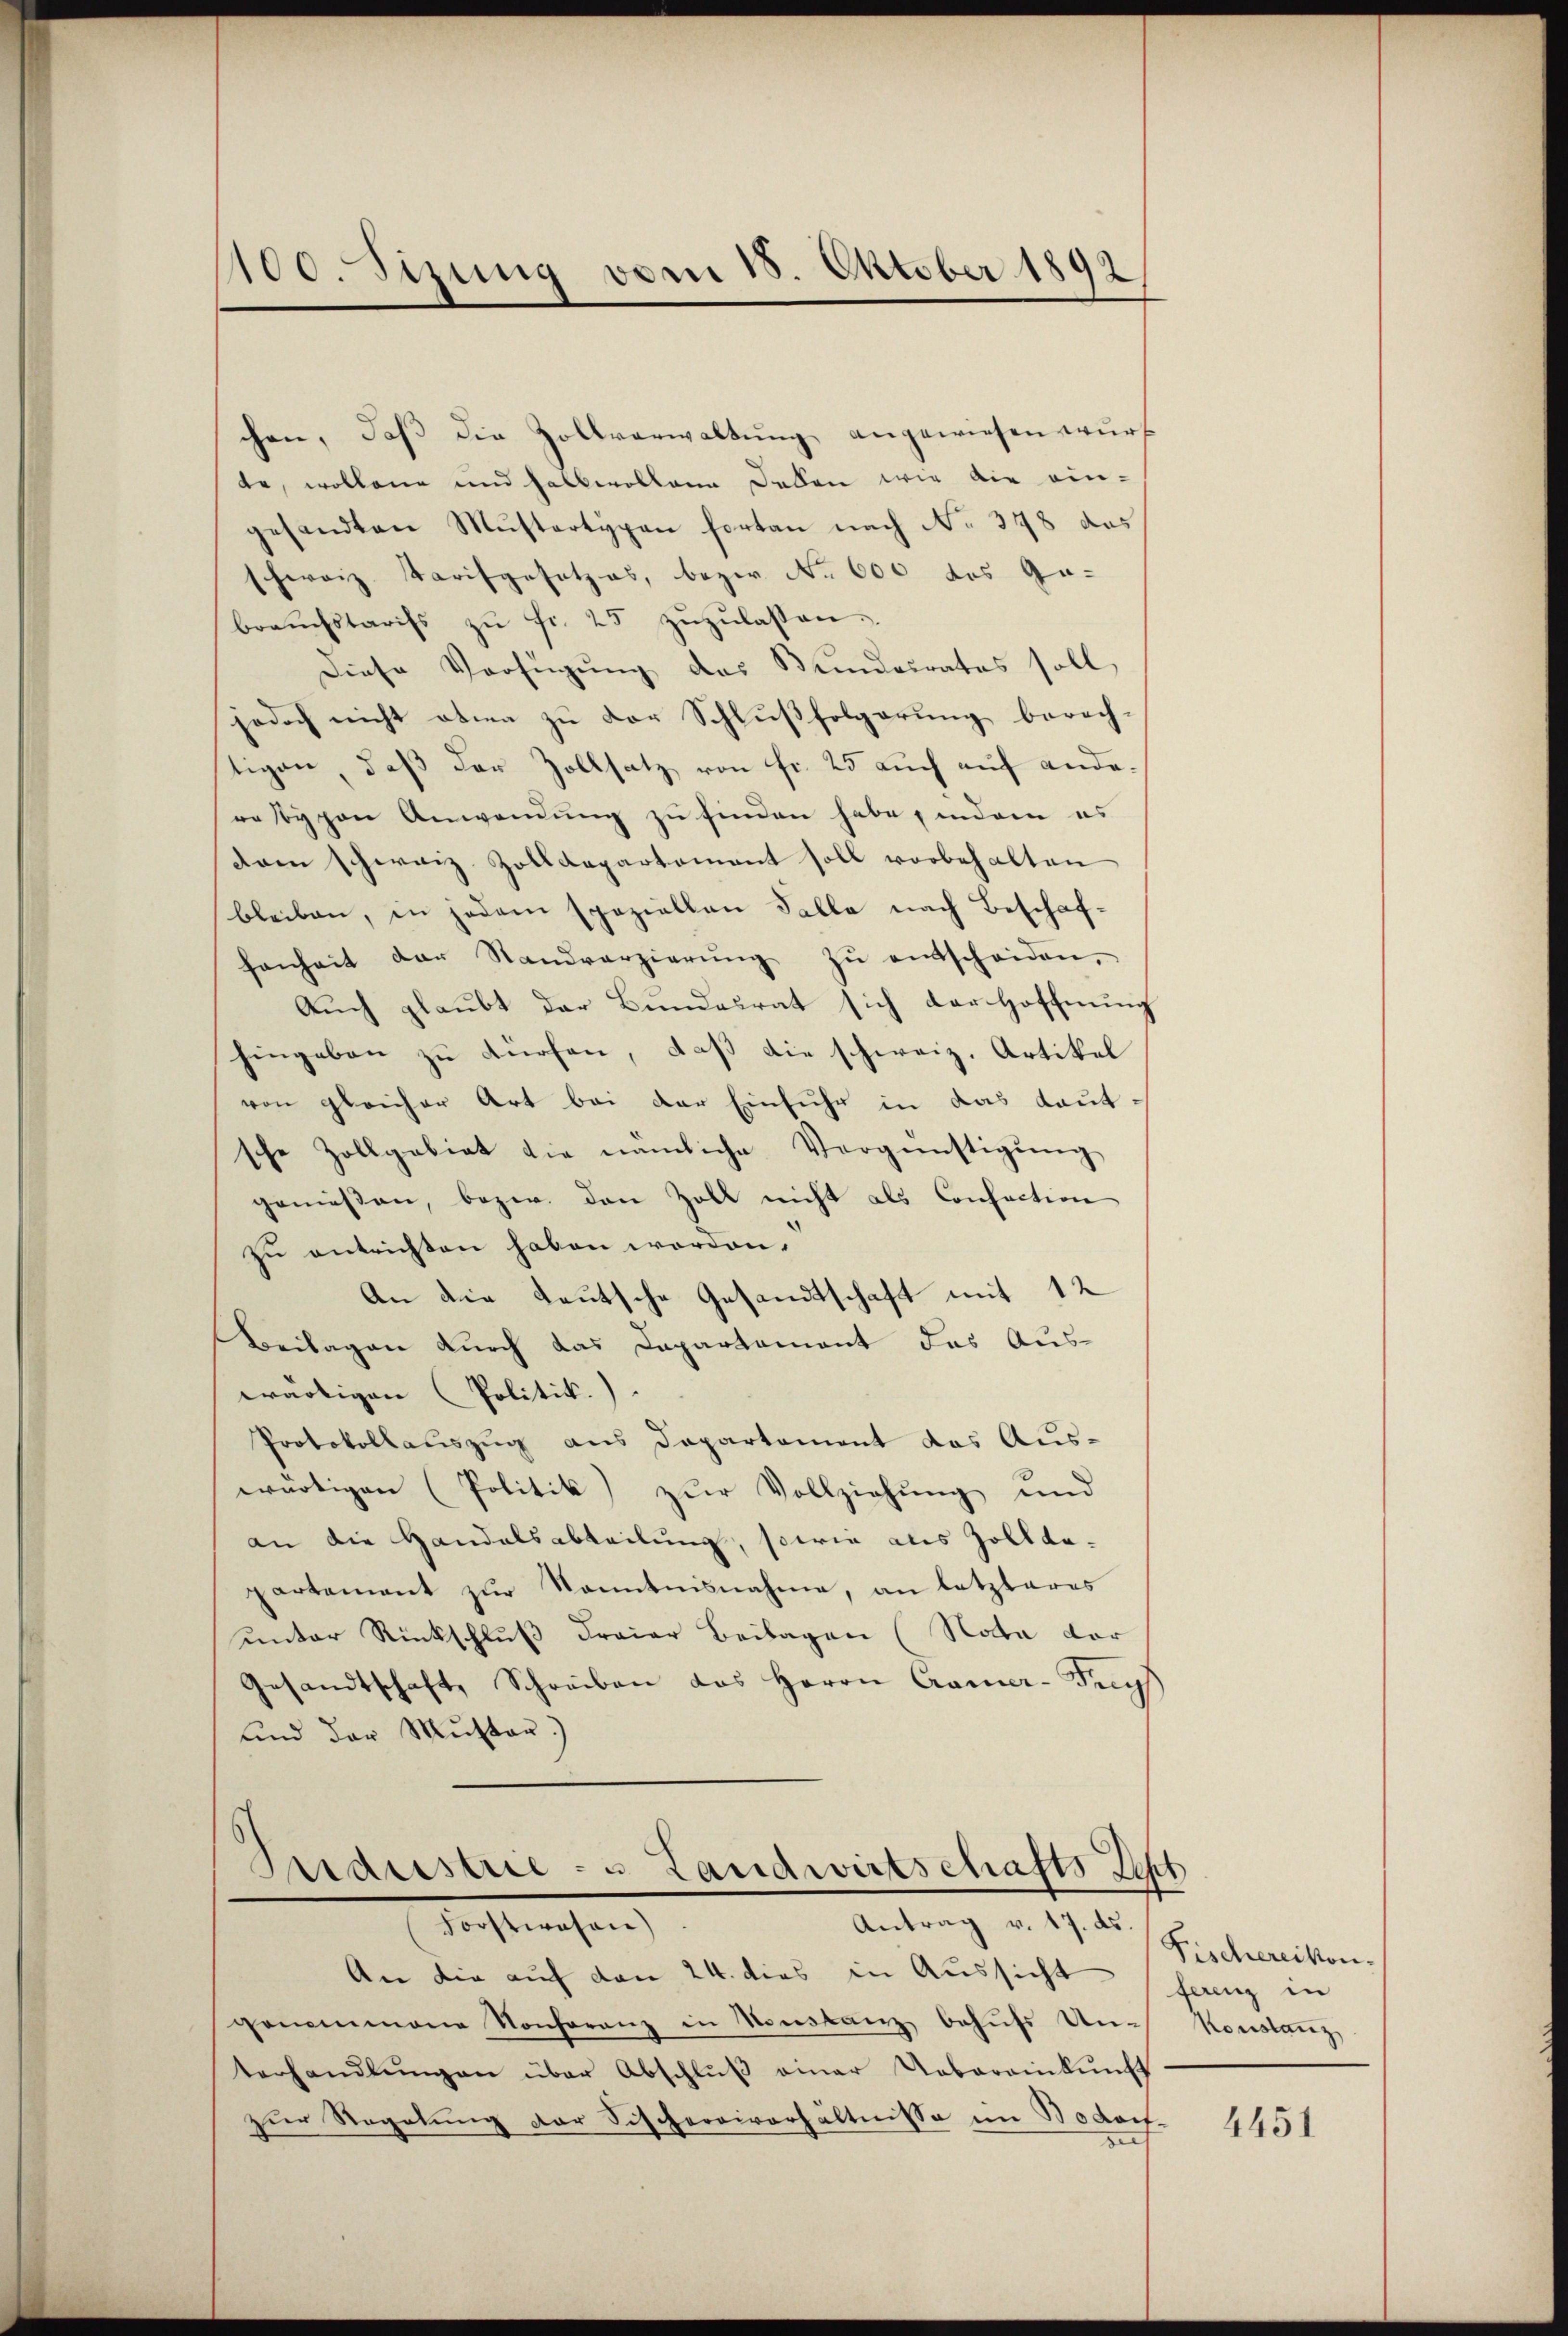
chen, daβ die Zollverwaltŭng angewiesen wurf
te, wollene und halbevollena Jeden wie die eingesandten Mustertypen fortan nach No 348 das
schweiz. Tarifgesetzes, bezw. No 600 das Ge-
braŭchstarifs zŭ fr. 25 zŭzŭlassen.
Diese Verfügung des Bundesrates soll
jedoch nicht oben zu der Schlußfolgerung berech-
tigen, daß der Zollsatz von fr. 25 auch auf anderatypen Anwendung zu finden habe, indem es
dam schweiz Zolldepartement soll vorbehalten
bleiben, in jedem speziellen Falle nach Beschaffenheit der Standverzierŭng zŭ entscheiden,
Auch glaubt der Bundesrat sich der Hoffnung
hingeben zu dürfen, daß die schweiz. Artikel
von gleicher Art bei der Einfuhr in das Laut-
sche Zollgebiet die nämliche Vergünstigŭng
geniessen, bezw. den Zoll nicht als Confection
zu entrichten haben worden.
An die deutsche Gesandtschaft mit 12
Beilagen durch das Dapartement das Auswärtigen Politik.
Protokollauszug aus Departement das Aus-
wärtigen (Politik zur Vollziehung und
an die Handelsabteilung, sowie als Zolldepartement zur Kenntnisnahme, an letzteres
unter Rückschluß dreier Beilagen (Nota der
Gesandtschaft, Schreiben das Herrn Camer-Frys
und der Muster.)

100. Sizung vom 18. Oktober 1892

Industrie - u Landwirtschafts-Peht
Forstwesen)
Antrag v. 17. ds.

An die auf den 24. dies in Aussicht ganz in
genommene Konferenz in Sonstanz behŭfs Un- Konstanz
terhandlŭngen über Abschlŭβ einer Uebereinkŭnft
zŭr Regelung der Fischereiverhältnisse im Bodorf-

Fischereikon.

4451